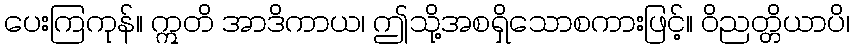
ပေးကြကုန်။ ဣတိ အာဒိကာယ၊ ဤသို့အစရှိသောစကားဖြင့်။ ဝိညတ္တိယာပိ၊